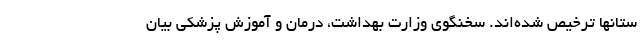
ستانها ترخیص شده‌اند. سخنگوی وزارت بهداشت، درمان و آموزش پزشکی بیان